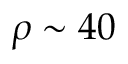
\rho \sim 4 0